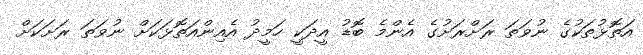
އަތޮޅުތަކުގެ ނުވަތަ ރަށްރަށުގެ އެންމެ ބޮޑު އީދަކީ ހަމީދު އެއިންއަތޮޅަކަށް ނުވަތަ ރަށަކަށް